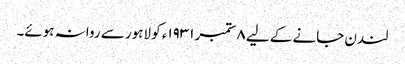
لندن جانے کے لیے ٨ ستمبر ١٩٣١ء کو لاہور سے روانہ ہوئے۔